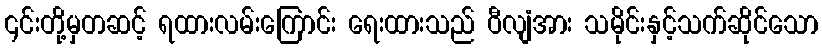
၎င်းတို့မှတဆင့် ရထားလမ်းကြောင်း ရေးထားသည် ဝီလျံအား သမိုင်းနှင့်သက်ဆိုင်သော